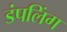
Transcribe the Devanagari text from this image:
डंपलिंग